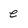
Character: e